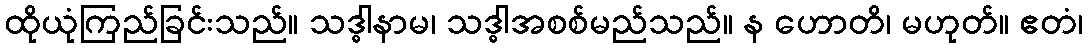
ထိုယုံကြည်ခြင်းသည်။ သဒ္ဓါနာမ၊ သဒ္ဓါအစစ်မည်သည်။ န ဟောတိ၊ မဟုတ်။ ဧတံ၊